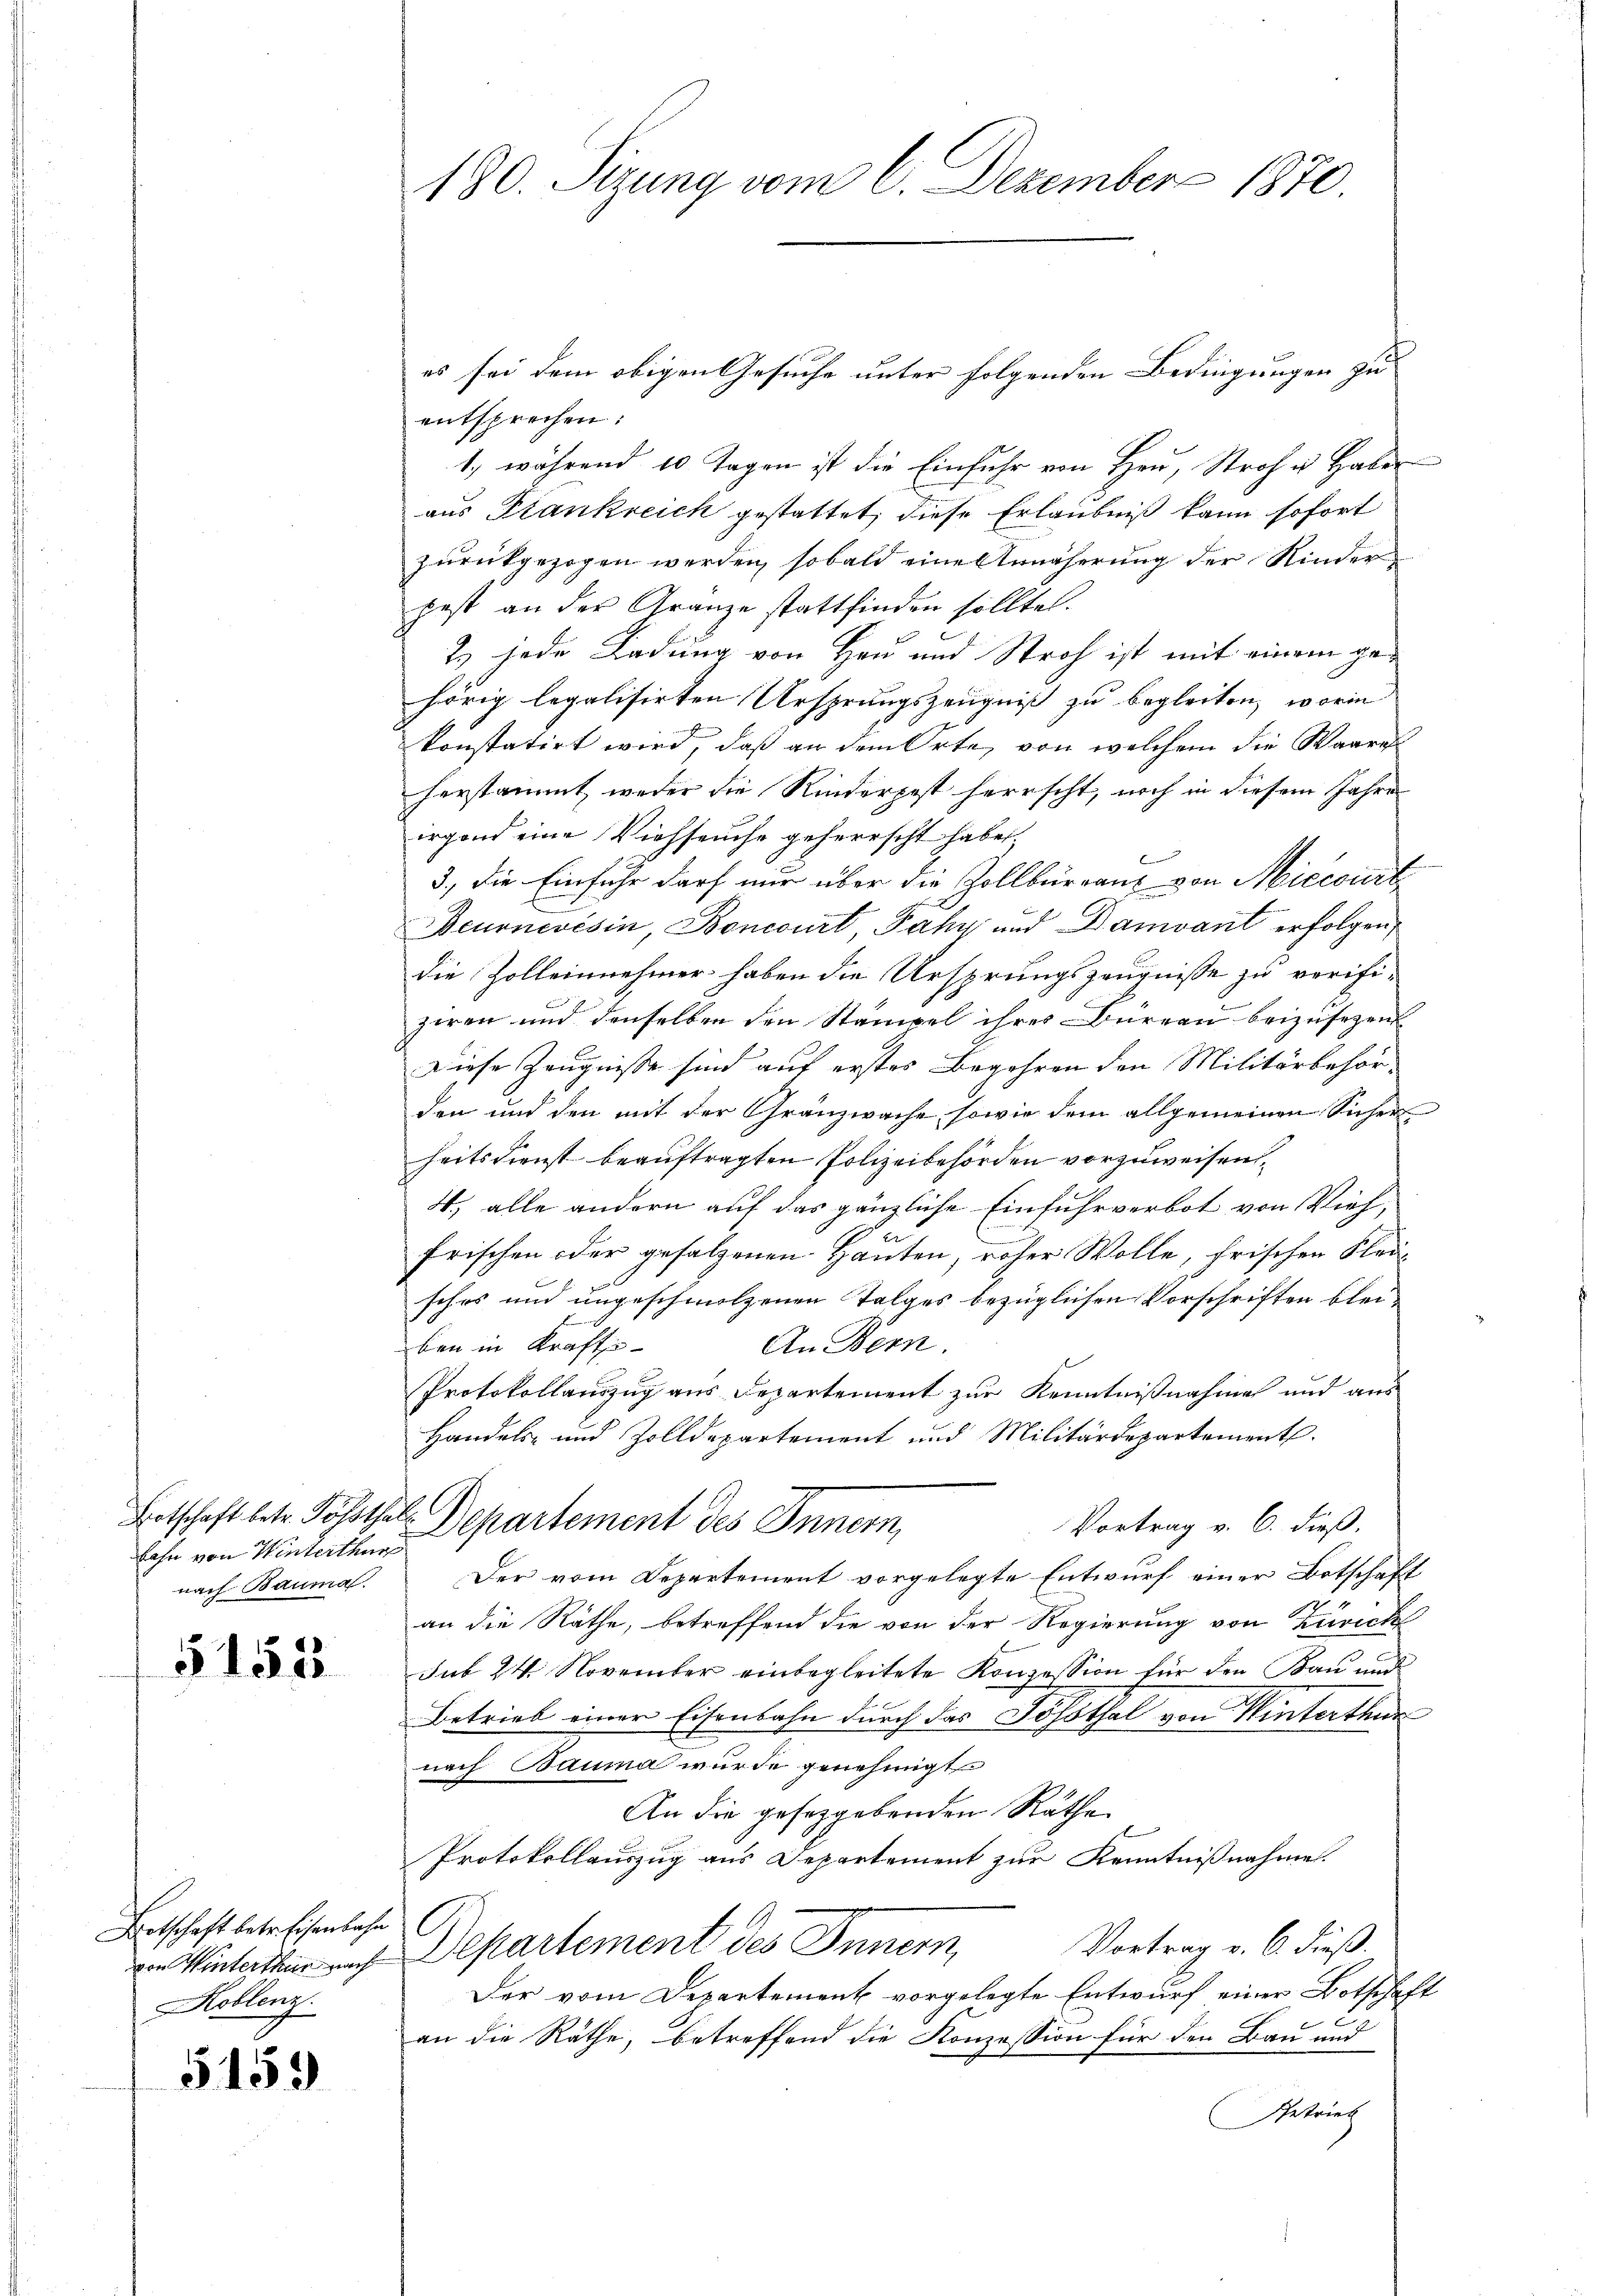
Lahn von Winterthur
nach Bauma.

§ 153.

Botschaft betreifensehen
von Winterthur nach
Koblenz.

5159

180. Sizung vom 6. Dezember 1870

es sei dem obigen Gesuche unter folgenden Bedingungen zu
entsprechen:
1, während 10 Tagen ist die Einfuhr von Heu, Stroh u. Haber
aus Frankreich gestattet, diese Erlaubniß kann sofort
zurückgezogen werden, sobald eine Annäherung der Kinder
pest an der Granze stattfinden sollte.
2. jede Ladung von Heu und Stroh ist mit einem gehörig legalisirten Ursprungszeugniß zu begleiten, worin
konstatirt wird, daß an dem Orte, von welchem die Waares-
herstammt, weder die Kinderpost herrscht, noch in diesem Jahre
irgend eine Viehseuche geherrscht habe
b
3., die Einfuhr darf nur über die Zollbüreaux von Miccourt
Beurnevésin, Boncourt Pahy und Damvant erfolgen,
die Zolleinnehmer haben die Ursprungszeugnisse zu verifiziren und denselben den Stämpel ihres Bureau beizusezen.
Diese Zeugnisse sind auf erstes Begehren den Militärbehörden und den mit der Gränzwache, sowie dem allgemeinen Sicher
heitsdienst beauftragten Polizeibehörden vorzuweisen,
4., alle andern auf das gänzliche Einfuhrverbot von Vieh,
frischen oder gefolgenen Hauten, roher Wolle, frischen Kleisches und ungeschmolzenen Folges bezüglichen Vorschriften blei¬
An Bern.
ben in Krafts-
Protokollauszug aus Departement zur Kenntnißnahme und aus
Handels- und Zolldepartement und Militärdepartement.
Botschaft betr. Posthal. Departement des Innern,
Vortrag v. 6. dieß.
Der vom Departement vorgelegte Entwurf einer Botschaft
an die Räthe, betreffend die von der Regierung von Zürich
sub 24. November einbegleitete Konzession für den Bau und
Betrieb einer Eisenbahn durch das Josothal von Winterthur
nach Bauma wurde genehmigt
An die gesetzgebenden Räthe
Protokollauszug aus Departement zur Kenntnißnahme.
Vortrag v. 6. dieß.
Departement des Innern,
Der vom Departement vorgelegte Entwurf einer Botschaft
an die Räthe, betreffend die Konzession für den Bau und
Getrieb